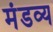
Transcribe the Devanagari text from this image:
मंडव्य